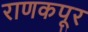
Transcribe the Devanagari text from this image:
राणकपूर